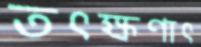
তৎক্ষণাৎ